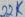
Text: 22K